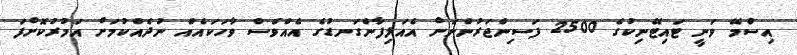
އިސްމޭ ވަނީ ޓައިޓޭނިކުގެ 2500 ފަސިންޖަރުންނަށް އެއަލިފާންގަނޑުގެ އެއްވެސް ވާހަކައެއް ނުދެއްކުމަށް އަމުރުކޮށްފަ